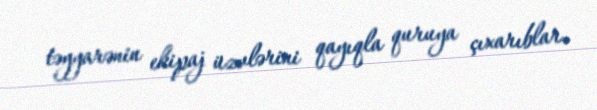
təyyarənin ekipaj üzvlərini qayıqla quruya çıxarıblar.